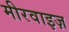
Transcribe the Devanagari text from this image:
मीरवाइज़